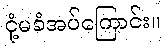
ငုံ့မခံအပ်ကြောင်း။